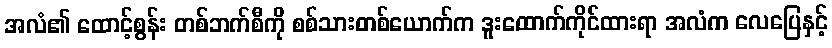
အလံ၏ ထောင့်စွန်း တစ်ဘက်စီကို စစ်သားတစ်ယောက်က ဒူးထောက်ကိုင်ထားရာ အလံက လေပြေနှင့်